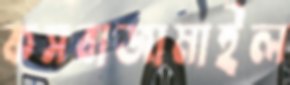
কসবাজামাইল